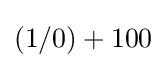
(1/0)+100